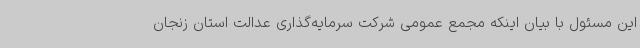
این مسئول با بیان اینکه مجمع عمومی شرکت سرمایه‌گذاری عدالت استان زنجان